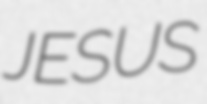
JESUS